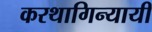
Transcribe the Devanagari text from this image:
करथागिन्यायी